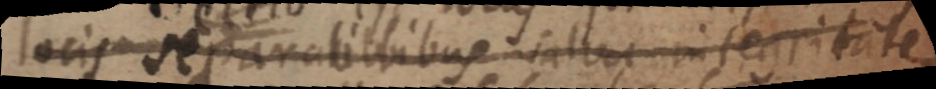
locis separabilibus salva integritate